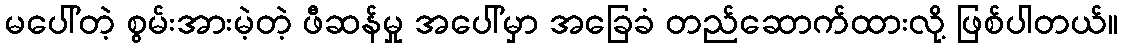
မပေါ်တဲ့ စွမ်းအားမဲ့တဲ့ ဖီဆန်မှု အပေါ်မှာ အခြေခံ တည်ဆောက်ထားလို့ ဖြစ်ပါတယ်။